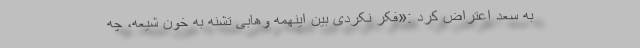
به سعد اعتراض کرد :«فکر نکردی بین اینهمه وهابی تشنه به خون شیعه، چه